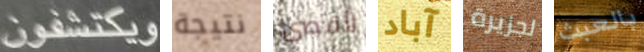
ويكتشفون نتيجة لأقصى آباد لجزيرة بالعبث